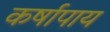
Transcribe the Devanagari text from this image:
कर्षापाय